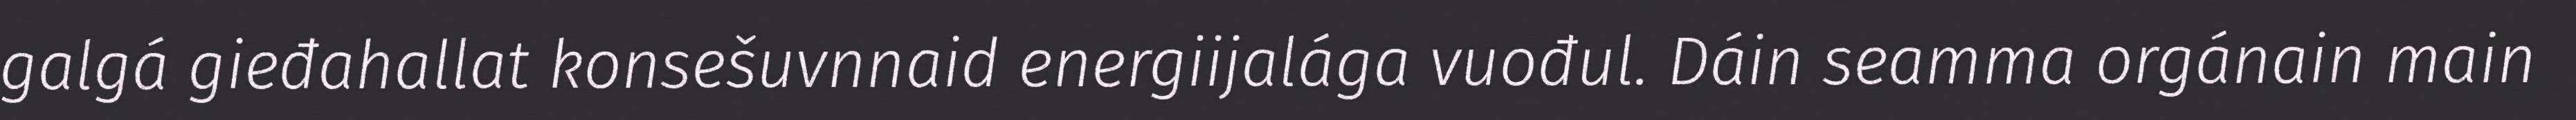
galgá gieđahallat konsešuvnnaid energiijalága vuođul. Dáin seamma orgánain main